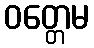
ဝတ္တေမ